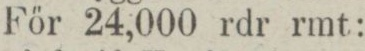
För 24,000 rdr rmt: